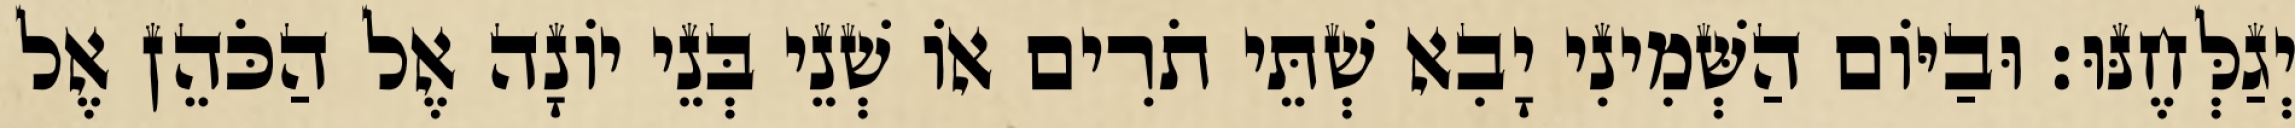
יְגַלְּחֶנּוּ׃ וּבַיּוֹם הַשְּׁמִינִי יָבִא שְׁתֵּי תֹרִים אוֹ שְׁנֵי בְּנֵי יוֹנָה אֶל הַכֹּהֵן אֶל